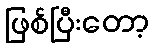
ဖြစ်ပြီးတော့